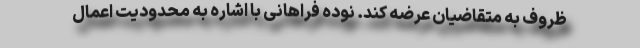
ظروف به متقاضیان عرضه کند. نوده فراهانی با اشاره به محدودیت اعمال